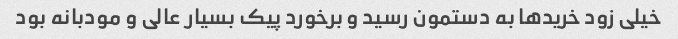
خیلی زود خریدها به دستمون رسید و برخورد پیک بسیار عالی و مودبانه بود